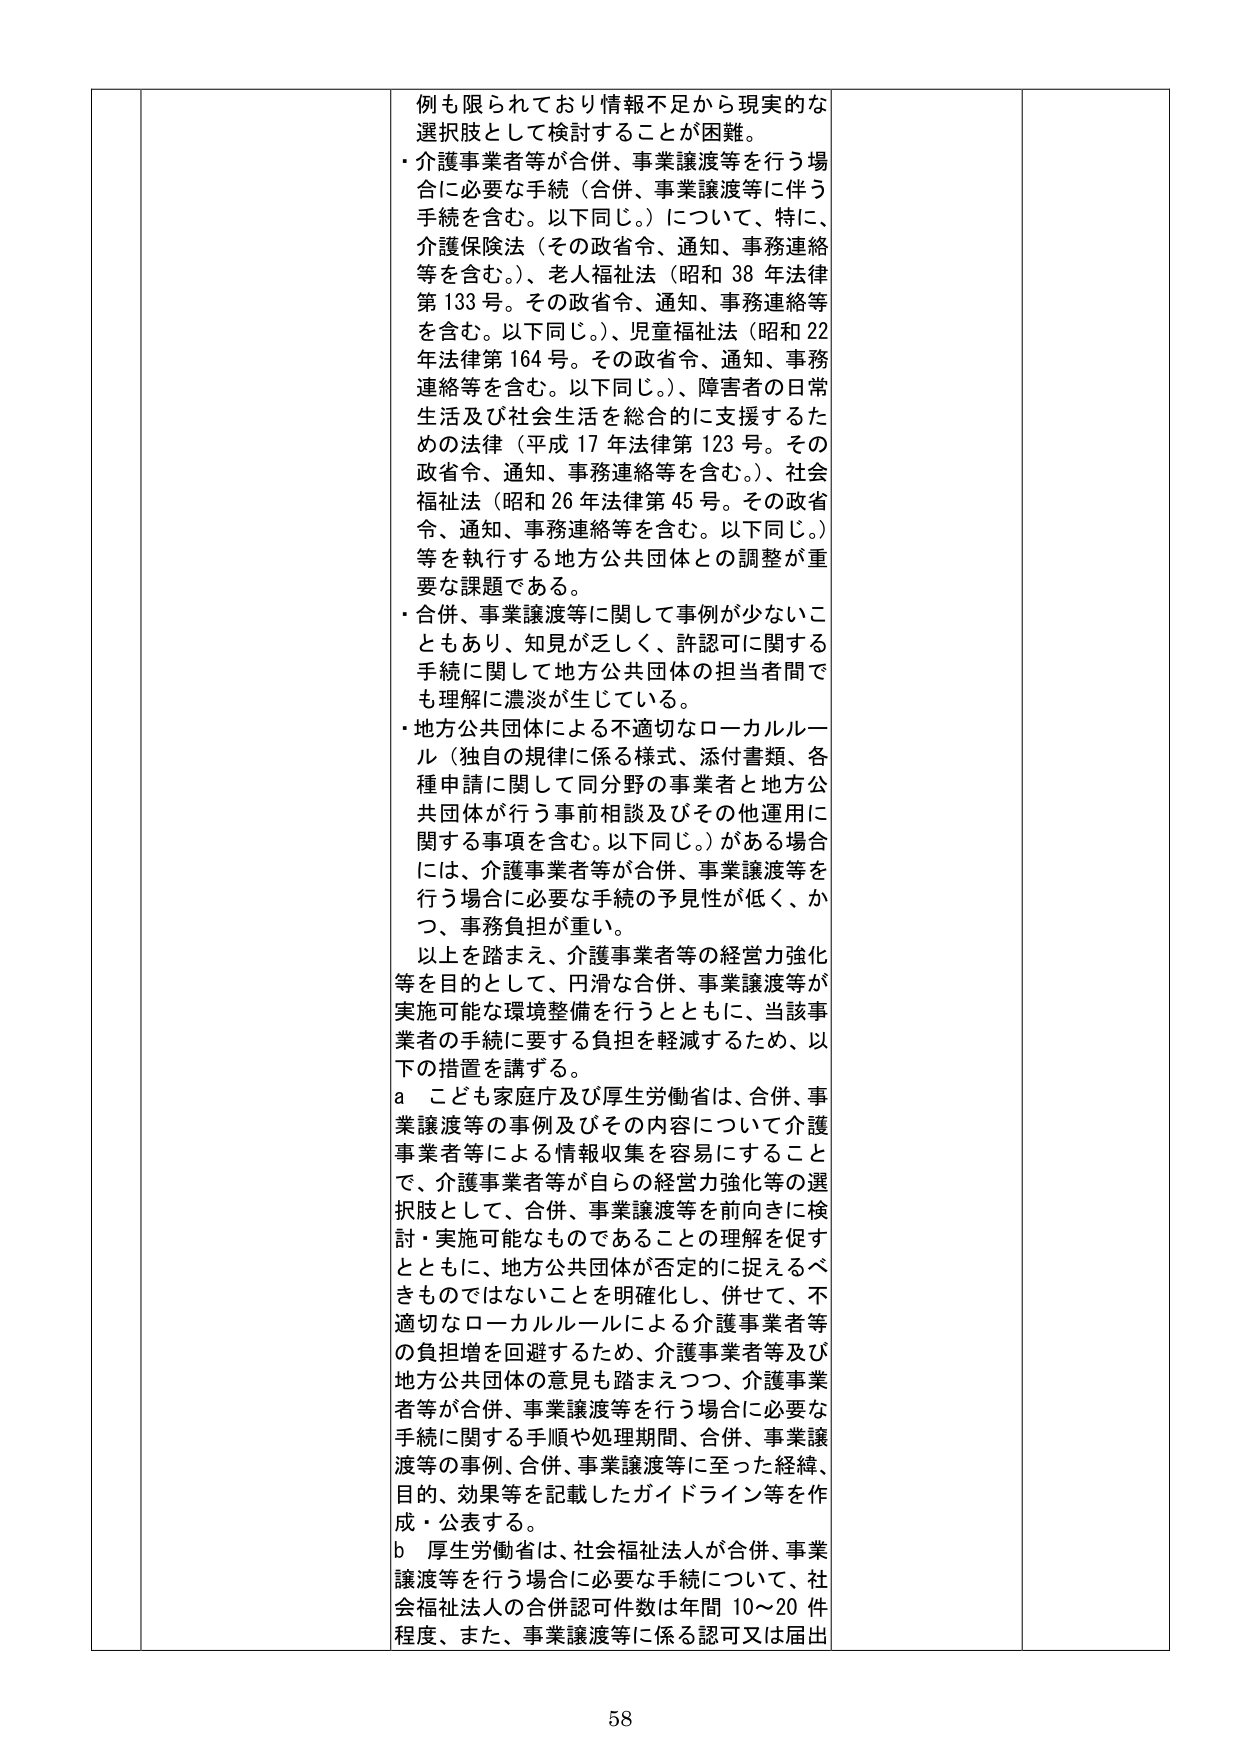
例も限られており情報不足から現実的な選択肢として検討することが困難。
・介護事業者等が合併、事業譲渡等を行う場合に必要な手続（合併、事業譲渡等に伴う手続を含む。以下同じ。）について、特に、介護保険法（その政省令、通知、事務連絡等を含む。）、老人福祉法（昭和38年法律第133号。その政省令、通知、事務連絡等を含む。以下同じ。）、児童福祉法（昭和22年法律第164号。その政省令、通知、事務連絡等を含む。以下同じ。）、障害者の日常生活及び社会生活を総合的に支援するための法律（平成17年法律第123号。その政省令、通知、事務連絡等を含む。）、社会福祉法（昭和26年法律第45号。その政省令、通知、事務連絡等を含む。以下同じ。）等を執行する地方公共団体との調整が重要な課題である。
・合併、事業譲渡等に関して事例が少ないこともあり、知見が乏しく、許認可に関する手続に関して地方公共団体の担当者間でも理解に濃淡が生じている。
・地方公共団体による不適切なローカルルール（独自の規律に係る様式、添付書類、各種申請に関して同分野の事業者と地方公共団体が行う事前相談及びその他運用に関する事項を含む。以下同じ。）がある場合には、介護事業者等が合併、事業譲渡等を行う場合に必要な手続の予見性が低く、かつ、事務負担が重い。
以上を踏まえ、介護事業者等の経営力強化等を目的として、円滑な合併、事業譲渡等が実施可能な環境整備を行うとともに、当該事業者の手続に要する負担を軽減するため、以下の措置を講ずる。
a こども家庭庁及び厚生労働省は、合併、事業譲渡等の事例及びその内容について介護事業者等による情報収集を容易にすることで、介護事業者等が自らの経営力強化等の選択肢として、合併、事業譲渡等を前向きに検討・実施可能なものであることの理解を促すとともに、地方公共団体が否定的に捉えるべきものではないことを明確化し、併せて、不適切なローカルルールによる介護事業者等の負担増を回避するため、介護事業者等及び地方公共団体の意見も踏まえつつ、介護事業者等が合併、事業譲渡等を行う場合に必要な手続に関する手順や処理期間、合併、事業譲渡等の事例、合併、事業譲渡等に至った経緯、目的、効果等を記載したガイドライン等を作成・公表する。
b 厚生労働省は、社会福祉法人が合併、事業譲渡等を行う場合に必要な手続について、社会福祉法人の合併認可件数は年間10～20件程度、また、事業譲渡等に係る認可又は届出

58